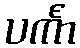
ပင်္ကာ